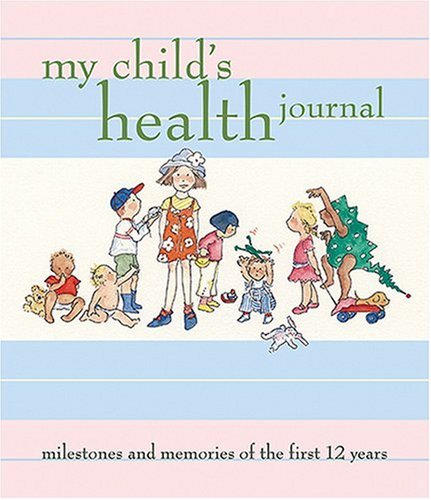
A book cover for My Child's Health Journal: Milestones and Memories of the First 12 Years; Nancy S. Wilson; Parenting & Relationships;